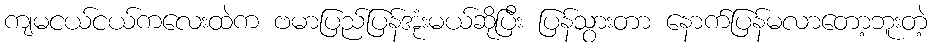
ကျမငယ်ငယ်ကလေးထဲက ဗမာပြည်ပြန်အုံးမယ်ဆိုပြီး ပြန်သွားတာ နောက်ပြန်မလာတော့ဘူးတဲ့